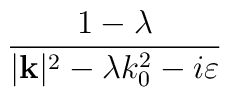
\frac{1-\lambda }{|\mathbf{k}|^{2}-\lambda k_{0}^{2}-i\varepsilon }